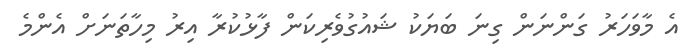
އެ މާވަހަރު ގަންނަން ގިނަ ބަޔަކު ޝައުގުވެރިކަން ފާޅުކުރާ އިރު މިހާތަނަށް އެންމެ